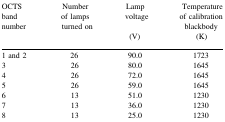
<table><thead><tr><td rowspan="2"><b>OCTS band number</b></td><td rowspan="2"><b>Number of lamps turned on</b></td><td><b>Lamp voltage</b></td><td><b>Temperature of calibration blackbody</b></td></tr><tr><td><b>(V)</b></td><td><b>(K)</b></td></tr></thead><tbody><tr><td>1 and 2</td><td>26</td><td>90.0</td><td>1723</td></tr><tr><td>3</td><td>26</td><td>80.0</td><td>1645</td></tr><tr><td>4</td><td>26</td><td>72.0</td><td>1645</td></tr><tr><td>5</td><td>26</td><td>59.0</td><td>1645</td></tr><tr><td>6</td><td>13</td><td>51.0</td><td>1230</td></tr><tr><td>7</td><td>13</td><td>36.0</td><td>1230</td></tr><tr><td>8</td><td>13</td><td>25.0</td><td>1230</td></tr></tbody></table>